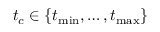
t _ { c } \in \{ t _ { \operatorname* { m i n } } , \dots , t _ { \operatorname* { m a x } } \}